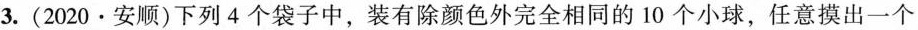
3. (2020 · 安顺) 下列 4 个袋子中，装有除颜色外完全相同的 10 个小球，任意摸出一个